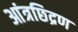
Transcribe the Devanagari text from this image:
आंत्रछिद्रण